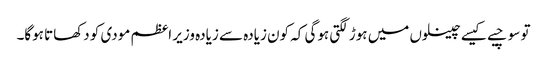
تو سوچیے کیسے چینلوں میں ہوڑ لگتی ہوگی کہ کون زیادہ سے زیادہ وزیر اعظم مودی کو دکھاتا ہوگا۔